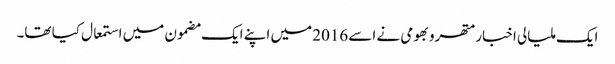
ایک ملیالی اخبار متھرو بھومی نے اسے 2016 میں اپنے ایک مضمون میں استمعال کیا تھا۔